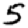
Digit: 5